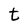
Character: t